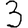
Digit: 3